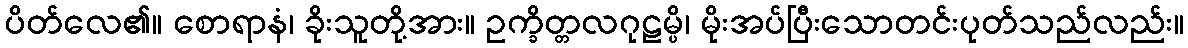
ပိတ်လေ၏။ စောရာနံ၊ ခိုးသူတို့အား။ ဥက္ခိတ္တလဂုဠမ္ပိ၊ မိုးအပ်ပြီးသောတင်းပုတ်သည်လည်း။